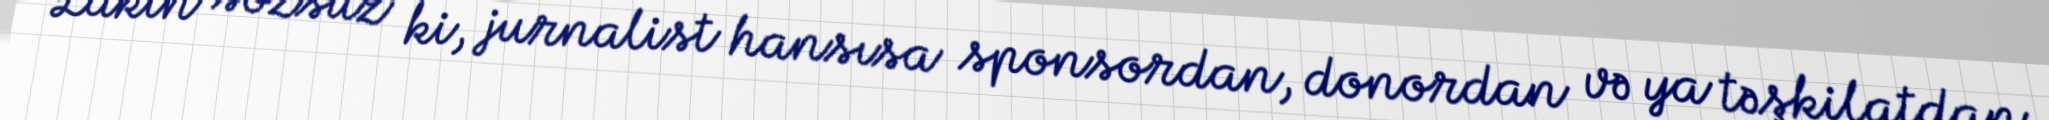
Lakin sözsüz ki, jurnalist hansısa sponsordan, donordan və ya təşkilatdan